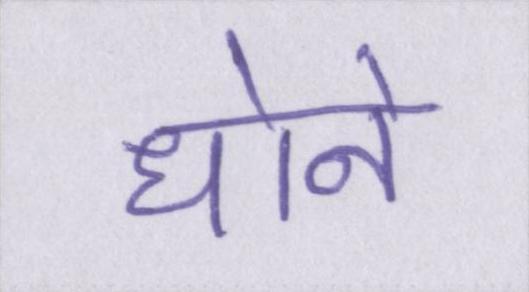
धोने